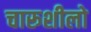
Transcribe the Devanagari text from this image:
चारूशीलो